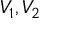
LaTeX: V _ { 1 } , V _ { 2 }